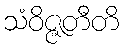
သံဝိဇ္ဇတီတိ